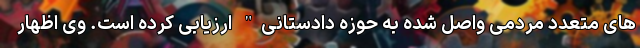
های متعدد مردمی واصل شده به حوزه دادستانی" ارزیابی کرده است. وی اظهار